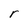
Character: r